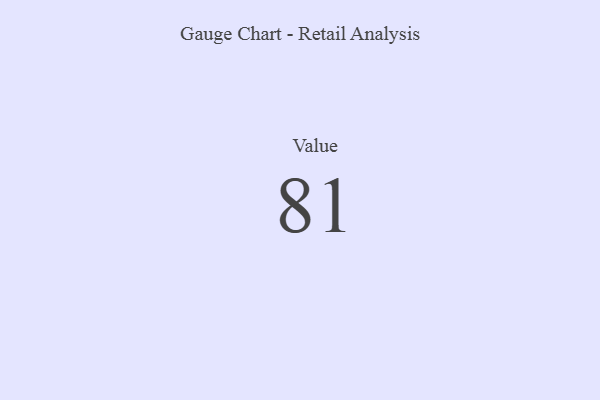
{"axis": {"x": "Metric", "y": "Value"}, "legend": [""], "data": [{"x": "Value", "y": 81, "type": ""}]}